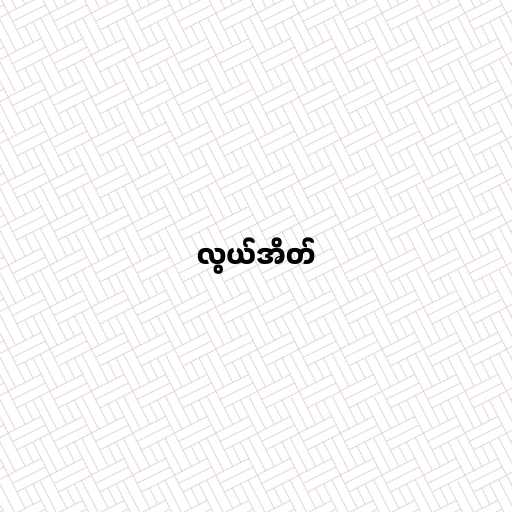
လွယ်အိတ်